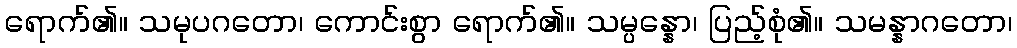
ရောက်၏။ သမုပဂတော၊ ကောင်းစွာ ရောက်၏။ သမ္ပန္နော၊ ပြည့်စုံ၏။ သမန္နာဂတော၊